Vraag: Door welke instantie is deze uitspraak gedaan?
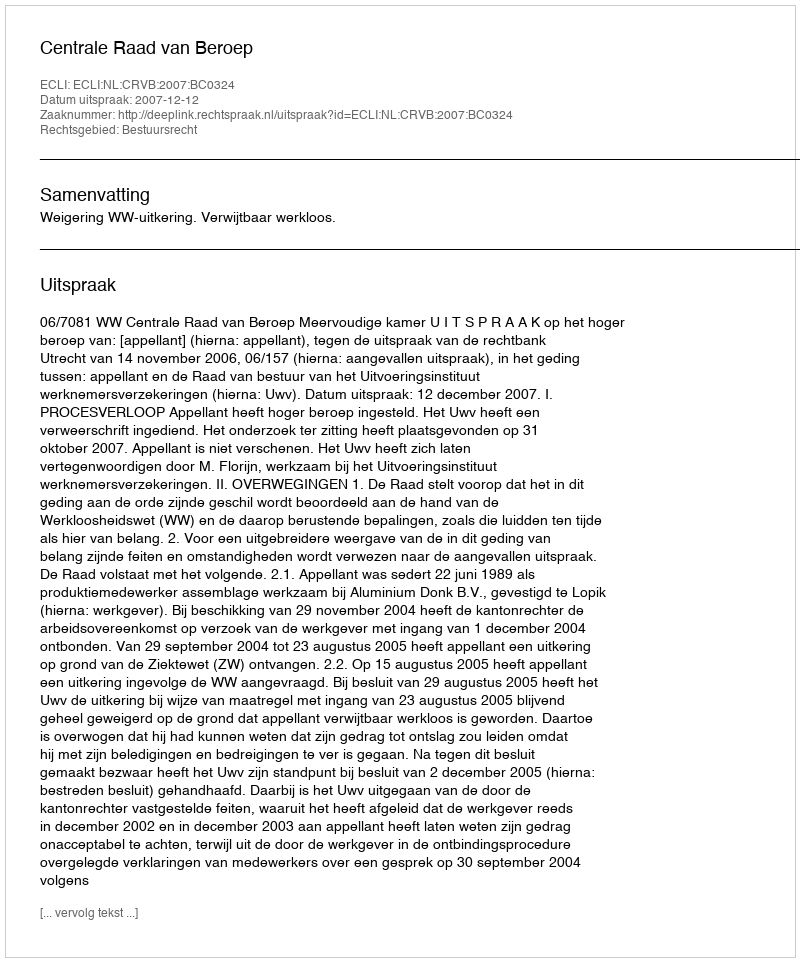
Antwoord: Centrale Raad van Beroep